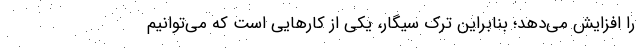
را افزایش می‌دهد؛ بنابراین ترک سیگار، یکی از کارهایی است که می‌توانیم